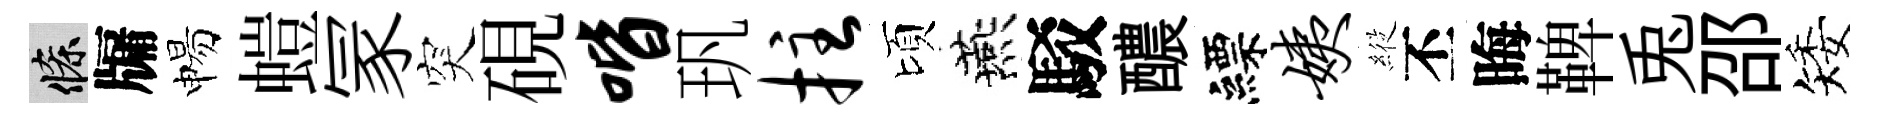
條牖惕螘冡突硯喈㺬拄頃燕駁醲縹姨𦂵丕晦鞞兎邵矮